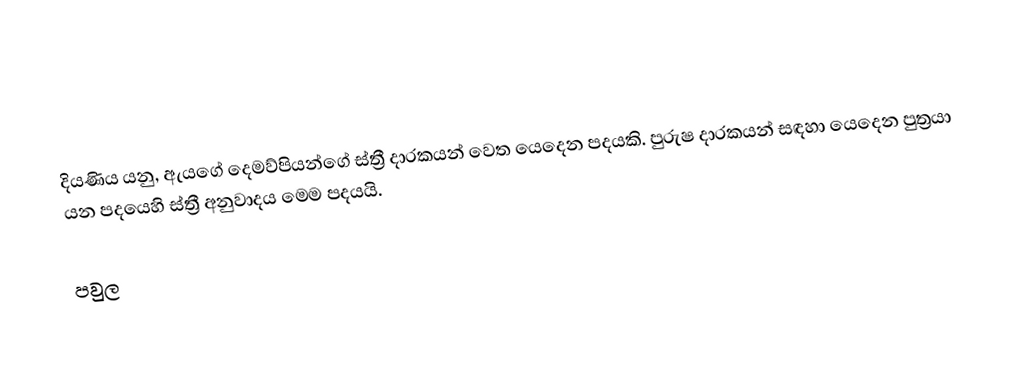
දියණිය යනු, ඇයගේ දෙමව්පියන්ගේ ස්ත්‍රී දාරකයන් වෙත යෙදෙන පදයකි. පුරුෂ දාරකයන් සඳහා යෙදෙන පුත්‍රයා යන පදයෙහි ස්ත්‍රී අනුවාදය මෙම පදයයි.

පවුල